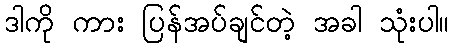
ဒါကို ကား ပြန်အပ်ချင်တဲ့ အခါ သုံးပါ။